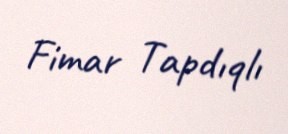
Fimar Tapdıqlı